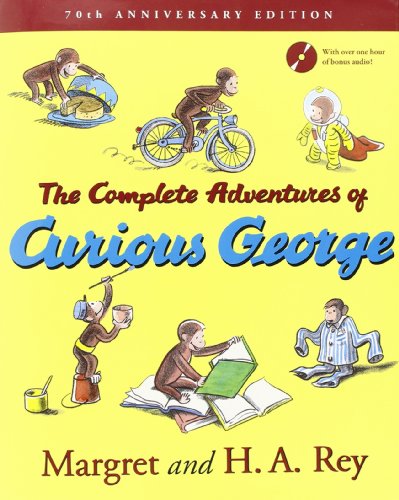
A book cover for The Complete Adventures of Curious George: 70th Anniversary Edition; H. A. Rey; Children's Books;